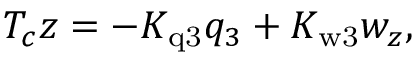
T _ { c } z = - K _ { \mathrm { q 3 } } q _ { 3 } + K _ { \mathrm { w 3 } } { w _ { z } } ,